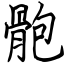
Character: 骲